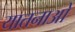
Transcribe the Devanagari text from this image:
यातनाओ